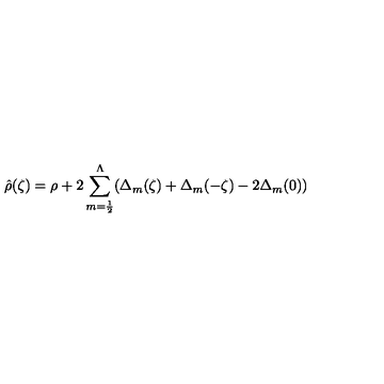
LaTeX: \hat { \rho } ( \zeta ) = \rho + 2 \sum _ { m = { \frac { 1 } { 2 } } } ^ { \Lambda } ( \Delta _ { m } ( \zeta ) + \Delta _ { m } ( - \zeta ) - 2 \Delta _ { m } ( 0 ) )